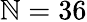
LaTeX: \mathbb{N}=36